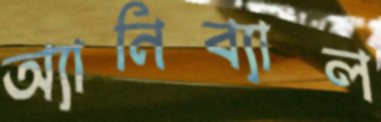
অ্যানিব্যাল